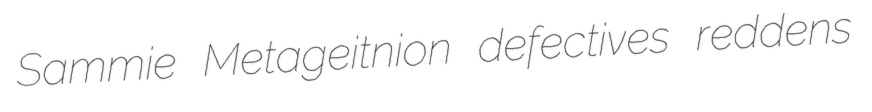
Sammie Metageitnion defectives reddens